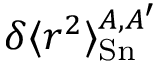
\delta \langle r ^ { 2 } \rangle _ { \mathrm { S n } } ^ { A , A ^ { \prime } }